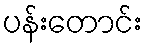
ပန်းတောင်း